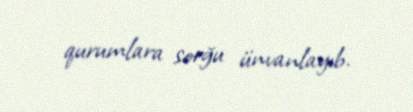
qurumlara sorğu ünvanlayıb.